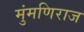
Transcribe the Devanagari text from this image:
मुंमणिराज